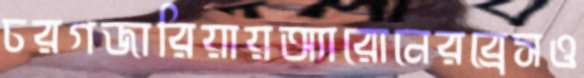
চরগজারিয়ায়অ্যারোনেরব্রেসও